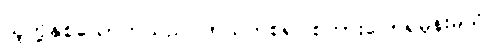
သူတို့နှစ်ယောက်သည် ဘယ်ကစ၍ စကားပြောရမှန်းမသိ။